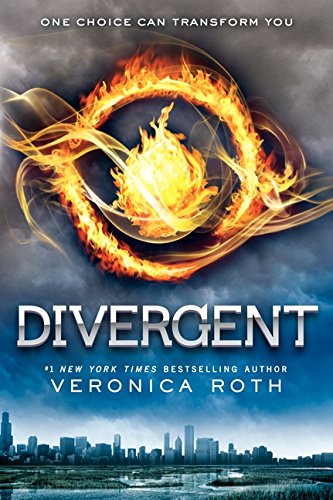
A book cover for Divergent (Divergent Series); Veronica Roth; Teen & Young Adult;